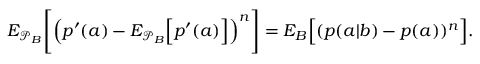
\begin{array} { r } { { E } _ { \mathcal { P } _ { B } } \Bigg [ \Big ( p ^ { \prime } ( a ) - { E } _ { \mathcal { P } _ { B } } \Big [ p ^ { \prime } ( a ) \Big ] \Big ) ^ { n } \Bigg ] = { E } _ { B } \Big [ ( p ( a | b ) - p ( a ) ) ^ { n } \Big ] . } \end{array}